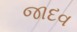
જાદવ